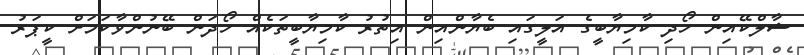
ޝާލްކޭއިން ހޯދި ކާމިޔާބީގެ އަލީގައި ބެޔާންއިން އިތުރު ކާމިޔާބީތަކެއް ހޯދަން ބޭނުންވާކަމަށް ކީޕަރު